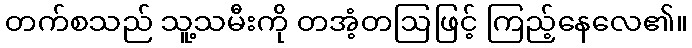
တက်စသည် သူ့သမီးကို တအံ့တဩဖြင့် ကြည့်နေလေ၏။